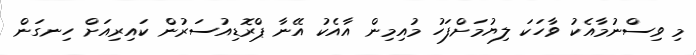
މި ވިސްނުމާއެކު ވާހަކަ ލިޔުމަށްފަހު މުއިމިން އާއެކު އޭނާ ޕްރޮޑިއުސަރުން ކައިރިއަށް ހިނގަން